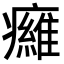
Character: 𤻕